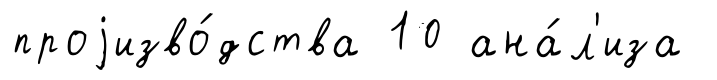
проjизво́дства 10 ана́л'иза